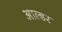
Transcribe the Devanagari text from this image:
आल्डर